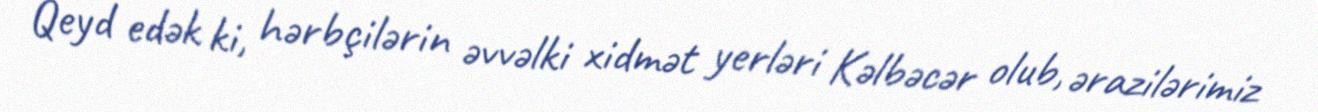
Qeyd edək ki, hərbçilərin əvvəlki xidmət yerləri Kəlbəcər olub, ərazilərimiz